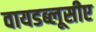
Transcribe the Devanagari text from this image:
वायडब्लूसीए